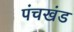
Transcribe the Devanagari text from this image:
पंचखंड